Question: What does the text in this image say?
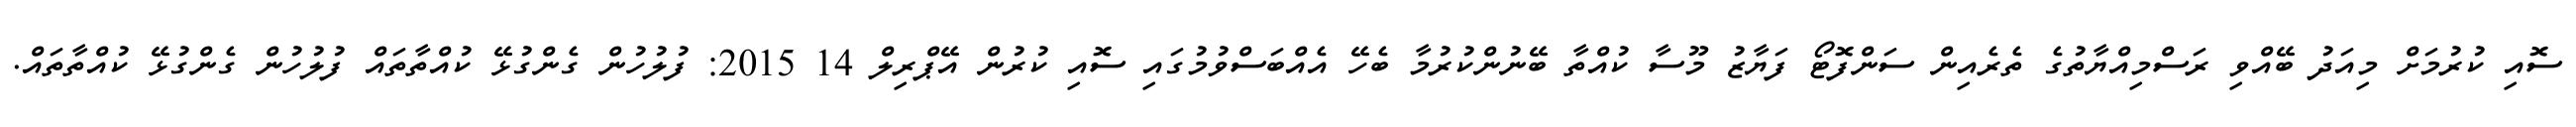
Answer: ސޮއި ކުރުމަށް މިއަދު ބޭއްވި ރަސްމިއްޔާތުގެ ތެރެއިން ސަންފޮޓޯ ފަޔާޒު މޫސާ ކުއްތާ ބޭނުންކުރުމާ ބެހޭ އެއްބަސްވުމުގައި ސޮއި ކުރުން އޭޕްރިލް 14 2015: ފުލުހުން ގެންގުޅޭ ކުއްތާތައް ފުލުހުން ގެންގުޅޭ ކުއްތާތައް.